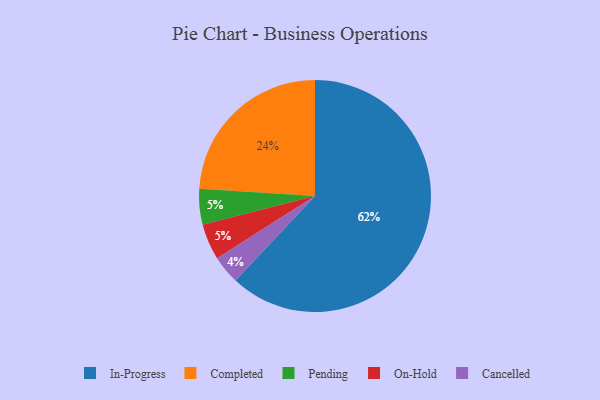
{"axis": {"x": "Category", "y": "Percentage"}, "legend": ["Cancelled", "Completed", "In-Progress", "On-Hold", "Pending"], "data": [{"x": "Cancelled", "y": 4, "type": "Cancelled"}, {"x": "Pending", "y": 5, "type": "Pending"}, {"x": "In-Progress", "y": 62, "type": "In-Progress"}, {"x": "On-Hold", "y": 5, "type": "On-Hold"}, {"x": "Completed", "y": 24, "type": "Completed"}]}